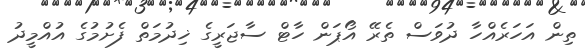
ތިން އަހަރެއްހާ ދުވަސް ތެރޭ އޯޕަން ހާޓް ސާޖަރީގެ ޚިދުމަތް ފެށުމުގެ އުއްމީދު